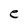
Character: e